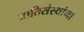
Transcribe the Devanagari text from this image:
जातिसंस्थांना